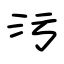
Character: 污